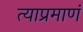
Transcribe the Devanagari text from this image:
त्याप्रमाणं